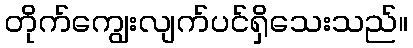
တိုက်ကျွေးလျက်ပင်ရှိသေးသည်။